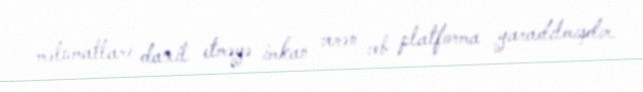
məlumatları daxil etməyə imkan verən veb platforma yaradılmışdır.